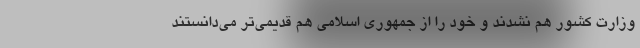
وزارت کشور هم نشدند و خود را از جمهوری اسلامی هم قدیمی‌تر می‌دانستند